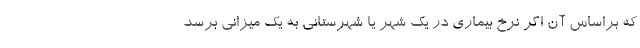
که براساس آن اگر نرخ بیماری در یک شهر یا شهرستانی به یک میزانی برسد